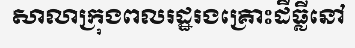
សាលាក្រុងពលរដ្ឋរងគ្រោះដីធ្លីនៅ